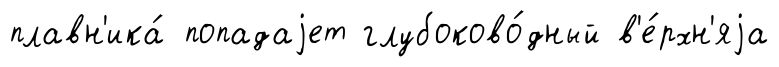
плавн'ика́ попадаjет глубоково́дный в'е́рхн'яjа